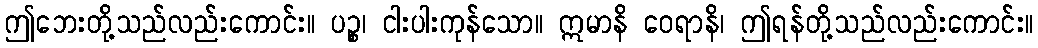
ဤဘေးတို့သည်လည်းကောင်း။ ပဉ္စ၊ ငါးပါးကုန်သော။ ဣမာနိ ဝေရာနိ၊ ဤရန်တို့သည်လည်းကောင်း။